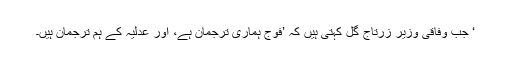
‘ جب وفاقی وزیر زرتاج گل کہتی ہیں کہ ’فوج ہماری ترجمان ہے، اور عدلیہ کے ہم ترجمان ہیں۔